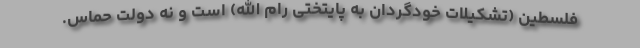
فلسطین (تشکیلات خودگردان به پایتختی رام الله) است و نه دولت حماس.